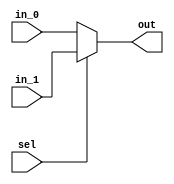
`timescale 1ns / 1ps

module MUX_2
#(parameter data_length = 27)
	(
	input wire [data_length - 1 : 0] in_0,
	input wire [data_length - 1 : 0] in_1,
	input wire  sel,
	
	output reg [data_length - 1 : 0] out
    );
	
	always @(*)
	begin
		if(sel)
			out = in_1;
		else
			out = in_0;
	end

endmodule